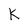
Character: k